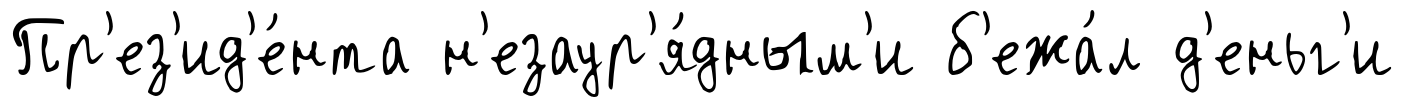
Пр'ез'ид'е́нта н'езаур'я́дным'и б'ежа́л д'еньг'и